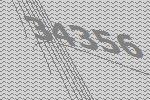
34356